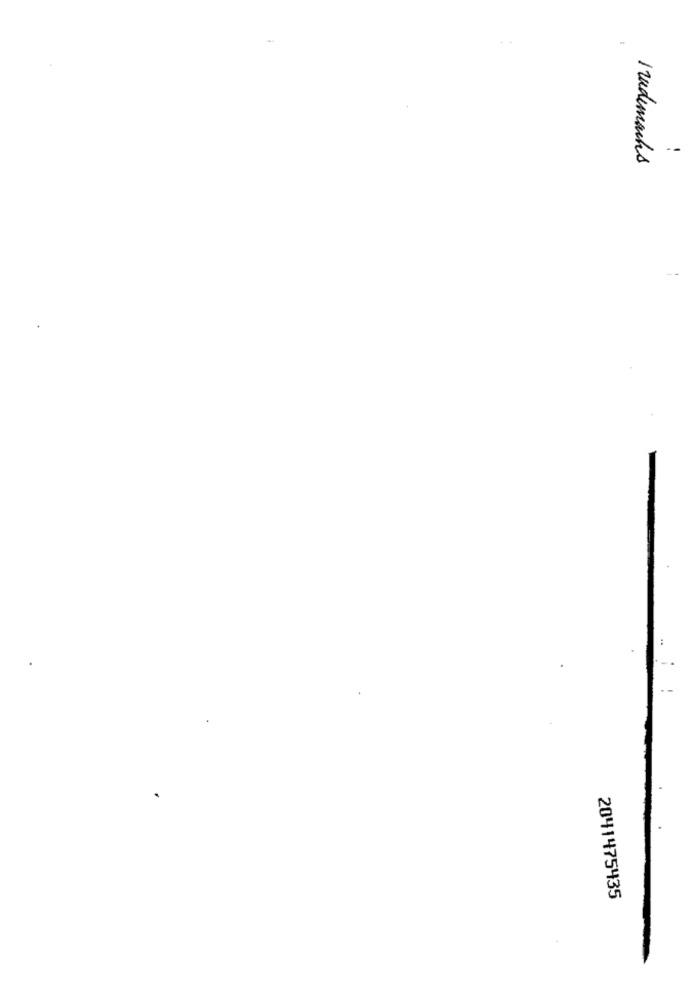
--
Trademarks
2041475435